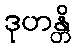
ဒုဟန္တိ